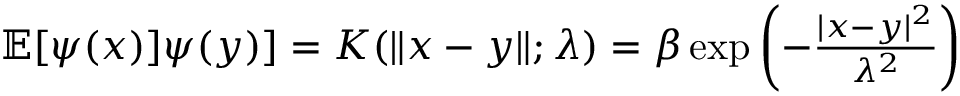
\begin{array} { r } { { \mathbb { E } } [ \psi ( { x } ) ] \psi ( y ) ] = K ( \| x - y \| ; \lambda ) = \beta \exp \left( - \frac { | x - y | ^ { 2 } } { \lambda ^ { 2 } } \right) } \end{array}